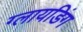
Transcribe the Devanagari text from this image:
ग्लायडिंग